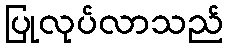
ပြုလုပ်လာသည်